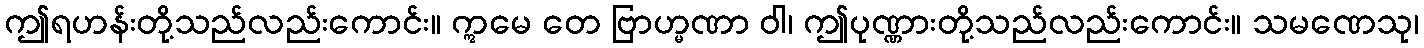
ဤရဟန်းတို့သည်လည်းကောင်း။ ဣမေ တေ ဗြာဟ္မဏာ ဝါ၊ ဤပုဏ္ဏားတို့သည်လည်းကောင်း။ သမဏေသု၊